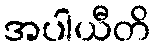
အပါယီတိ